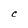
Character: C